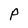
Character: P